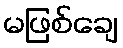
မဖြစ်ချေ